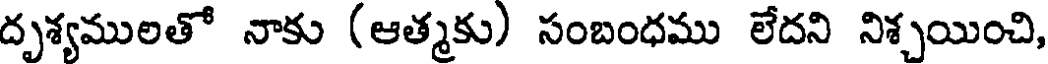
దృశ్యములతో నాకు (ఆత్మకు) సంబంధము లేదని నిశ్చయించి,